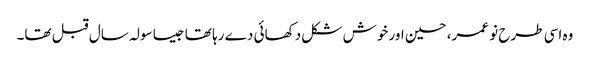
وہ اسی طرح نو عمر، حسین اور خوش شکل دکھائی دے رہا تھا جیسا سولہ سال قبل تھا۔